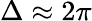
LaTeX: \Delta\approx 2\pi